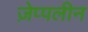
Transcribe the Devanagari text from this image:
ज़ेप्पलीन